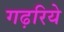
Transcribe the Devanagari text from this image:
गढ़रिये